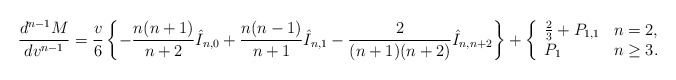
\begin{align*} \frac{d^{n-1}M}{dv^{n-1}}=\frac{v}{6}\left\{-\frac{n(n+1)}{n+2}\hat{I}_{n,0}+\frac{n(n-1)}{n+1}\hat{I}_{n,1}-\frac{2}{(n+1)(n+2)}\hat{I}_{n,n+2}\right\}+\left\{ \begin{array}{ll} \frac{2}{3}+P_{1,1} & n=2,\\ P_1 & n\geq 3. \end{array}\right.\end{align*}